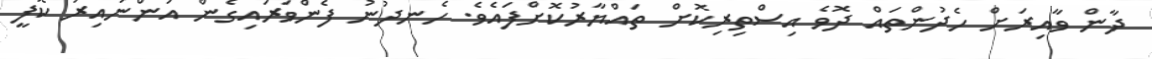
ދާން ވާއިރަށް ހެދުންތައް ދޮވެ އިސްތިރިކޮށް ތައްޔާރުކޮށްފައެވެ. ހެނދުނު ފެންވަރައިގެން އަންނައިރު ކޮފީ